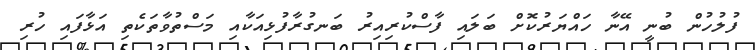
ފުލުހުން ބުނީ އޭނާ ހައްޔަރުކޮށް ބަލައި ފާސްކުރިއިރު ބަނގުރާފުޅިއަކާއި މަސްތުވާތަކެތި އަޅާފައި ހުރި